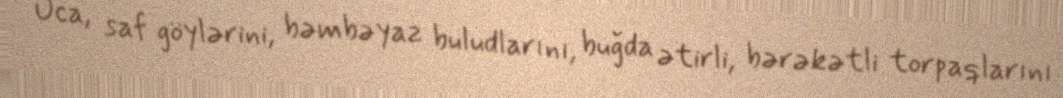
Uca, saf göylərini, bəmbəyaz buludlarını, buğda ətirli, bərəkətli torpaqlarını